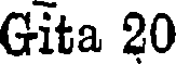
Gita 20